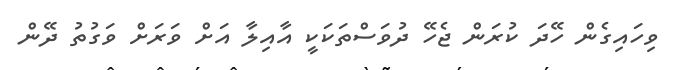
ވިހައިގެން ހޭދަ ކުރަން ޖެހޭ ދުވަސްތަކަކީ އާއިލާ އަށް ވަރަށް ވަގުތު ދޭން